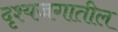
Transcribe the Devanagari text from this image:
दृश्यजगातील